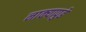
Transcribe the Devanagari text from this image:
नाक्‍यापुढे